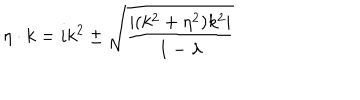
\eta \cdot k = i k ^ { 2 } \pm \sqrt { { \frac { | ( k ^ { 2 } + \eta ^ { 2 } ) k ^ { 2 } | } { 1 - \lambda } } }